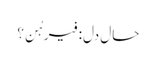
حالِ دل: فیرہُن؟